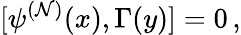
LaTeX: [\psi^{(\mathcal{N})}(x),\Gamma(y)]=0\, ,